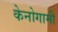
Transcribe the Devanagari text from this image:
केनोगामी